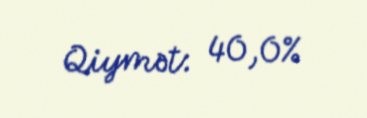
Qiymət: 40,0%